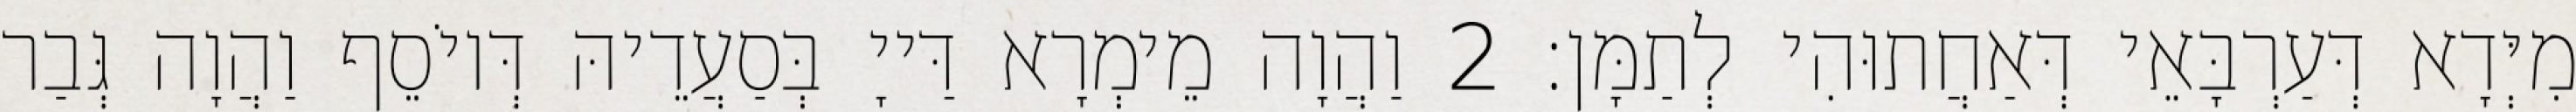
מִיְּדָא דְּעַרְבָּאֵי דְּאַחֲתוּהִי לְתַמָּן׃ 2 וַהֲוָה מֵימְרָא דַּייָ בְּסַעֲדֵיהּ דְּיוֹסֵף וַהֲוָה גְּבַר